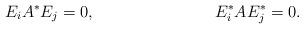
LaTeX: \begin{align*} E_i A^* E_j &= 0, & E^*_i A E^*_j &= 0.\end{align*}